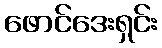
ဖောင်ဒေးရှင်း